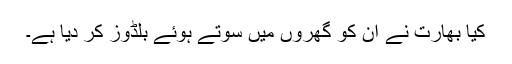
کیا بھارت نے ان کو گھروں میں سوتے ہوئے بلڈوز کر دیا ہے۔